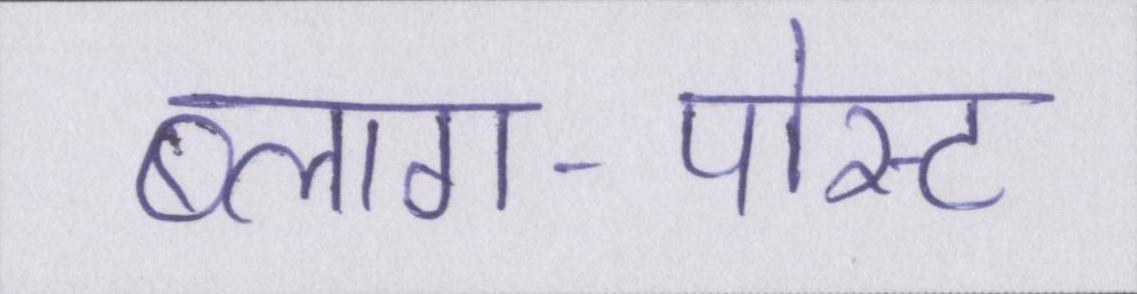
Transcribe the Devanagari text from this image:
ब्लाग-पोस्ट